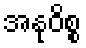
အနုဝိစ္စ